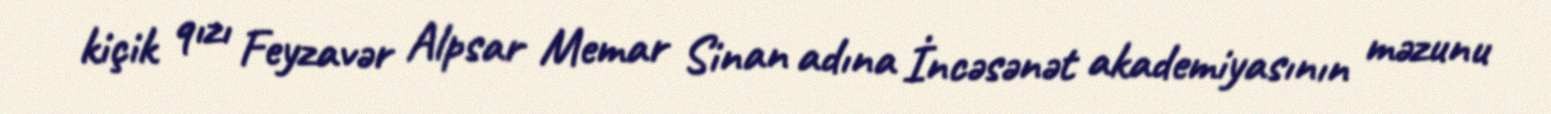
kiçik qızı Feyzavər Alpsar Memar Sinan adına İncəsənət akademiyasının məzunu